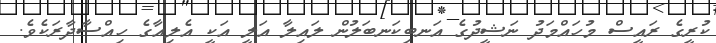
ކުރީގެ ރައީސް މުހައްމަދު ނަޝީދުގެ އަނބިކަނބަލުން ލައިލާ އަލީ އަކީ އެލިއާގެ ހިއްސާދާރަކެވެ.